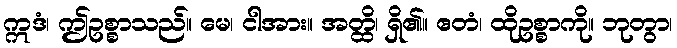
ဣဒံ၊ ဤဥစ္စာသည်။ မေ၊ ငါအား။ အတ္ထိ၊ ရှိ၏။ ဧတံ၊ ထိုဥစ္စာကို။ ဘုတွာ၊